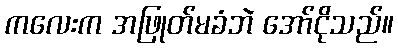
ကလေးက အဖြုတ်မခံဘဲ အော်ငိုသည်။